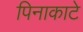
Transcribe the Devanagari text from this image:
पिनाकाटे